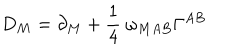
D _ { M } = \partial _ { M } + { \frac { 1 } { 4 } } ~ \omega _ { M A B } \Gamma ^ { A B }